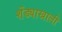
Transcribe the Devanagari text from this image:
शेंड्याखाली